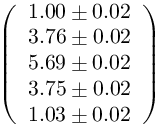
\left( \begin{array} { l } { 1 . 0 0 \pm 0 . 0 2 } \\ { 3 . 7 6 \pm 0 . 0 2 } \\ { 5 . 6 9 \pm 0 . 0 2 } \\ { 3 . 7 5 \pm 0 . 0 2 } \\ { 1 . 0 3 \pm 0 . 0 2 } \end{array} \right)